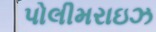
પોલીમરાઇઝ